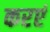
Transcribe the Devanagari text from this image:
करएं